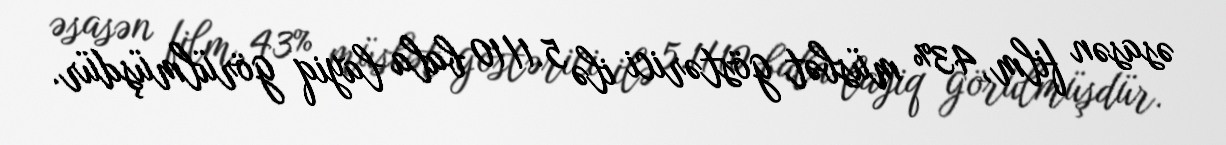
əsasən film, 43% müsbət göstərici ilə 5.1/10 bala layiq görülmüşdür.